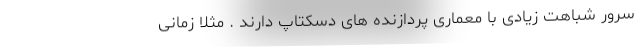
سرور شباهت زیادی با معماری پردازنده های دسکتاپ دارند . مثلا زمانی